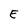
Character: E